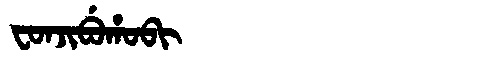
Manchu: ᠸᠣᠨᠵᡳᠪᡠᡥᠣᠪᡳ
Romanization: FONJIBUHOBI